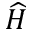
\widehat { H }